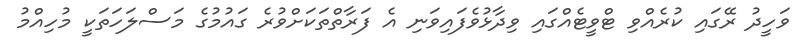
ވަހީދު ރޭގައި ކުރެއްވި ޓްވީޓެއްގައި ވިދާޅުވެފައިވަނި އެ ފަރާތްތަކަށްވުރެ ގައުމުގެ މަސްލަހަތަކީ މުހިއްމު